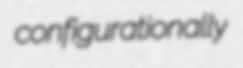
configurationally